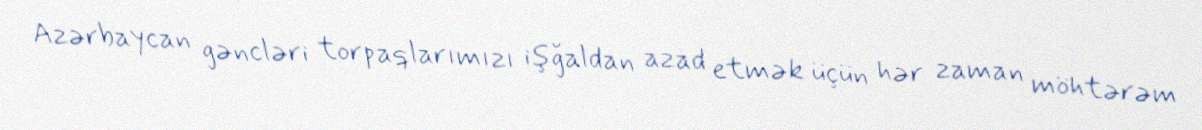
Azərbaycan gəncləri torpaqlarımızı işğaldan azad etmək üçün hər zaman möhtərəm